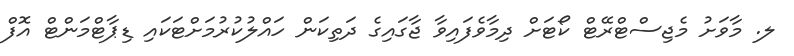
ލ. މާވަށު މެޖިސްޓްރޭޓް ކޯޓަށް ދިމާވެފައިވާ ޖާގައިގެ ދަތިކަން ހައްލުކުރުމަށްޓަކައި ޑިޕާޓްމަންޓް އޮފް